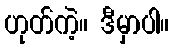
ဟုတ်ကဲ့။ ဒီမှာပါ။